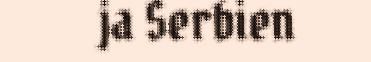
ja Serbien